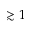
\gtrsim 1